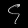
Digit: ၄